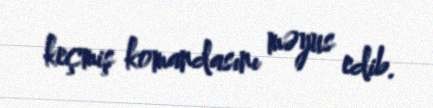
keçmiş komandasını məyus edib.